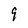
Character: 9